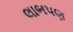
લાભપણ